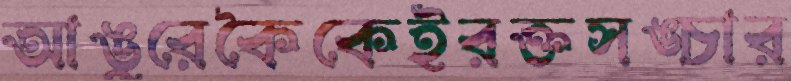
আঙুরেকৈকেইরক্তসঙ্চার